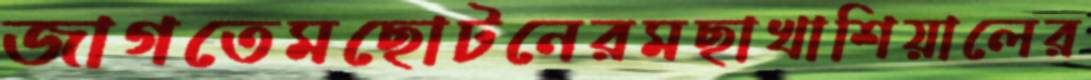
জাগতেমছোটনেরমছাখাশিয়ালের